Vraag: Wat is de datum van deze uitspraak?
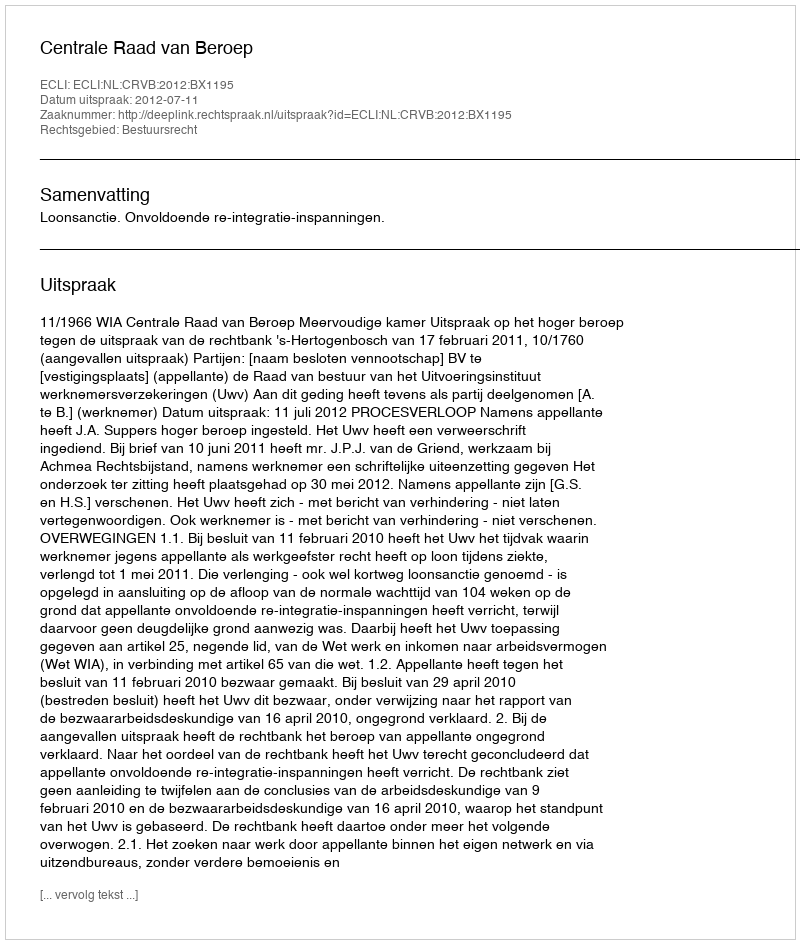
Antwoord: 2012-07-11